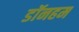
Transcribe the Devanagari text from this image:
डॉनहम